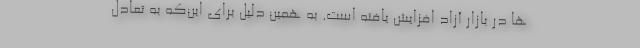
ها در بازار آزاد افزایش یافته است. به همین دلیل برای این‌که به تعادل